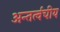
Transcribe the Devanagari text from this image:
अन्तर्त्वचीय